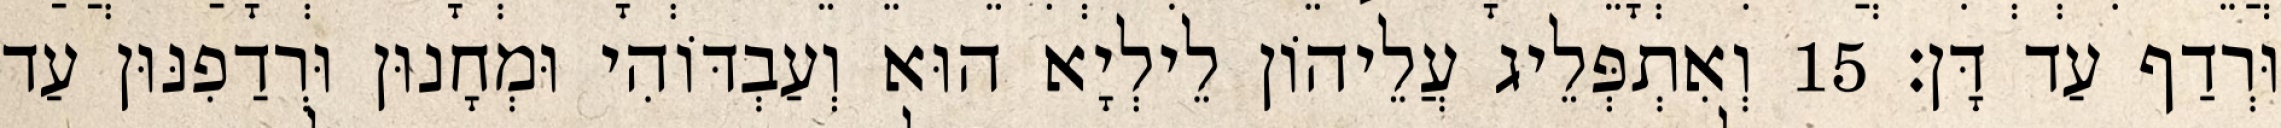
וּרְדַף עַד דָּן׃ 15 וְאִתְפְּלֵיג עֲלֵיהוֹן לֵילְיָא הוּא וְעַבְדּוֹהִי וּמְחָנוּן וּרְדַפִנּוּן עַד